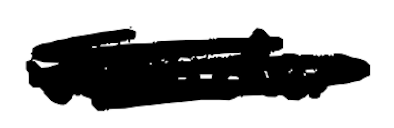
Text: Wonder
Cross-out: scratch
Writing tool: digital_black